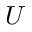
U